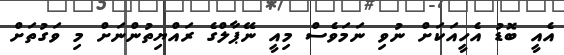
އެއީ ބޮޑު އެހީއަކަށް ނުވި ނަމަވެސް މިއީ ނޭޕާލްގެ ރައްޔިތުންނަށް މި ވަގުތަށް